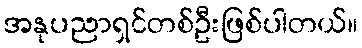
အနုပညာရှင်တစ်ဦးဖြစ်ပါတယ်။